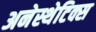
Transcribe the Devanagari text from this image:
अनेस्थेटिक्स